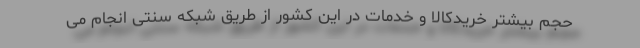
حجم بیشتر خریدکالا و خدمات در این کشور از طریق شبکه سنتی انجام می